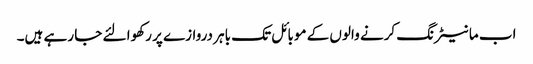
اب مانیٹرنگ کرنے والوں کے موبائل تک باہر دروازے پر رکھوا لئے جا رہے ہیں۔